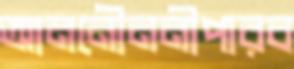
আননৌননীপারব